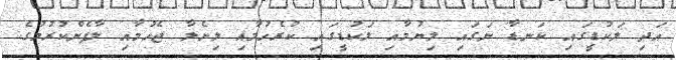
އަދި ލަކުޑީގައި ކަނޑާ ނަގައި ލިޔުމާއި ލަކުޑީގައި ކުރެހުމާއި ލިޔެލާ ޖެހުމާއި ލާފެންކުރުމުގެ